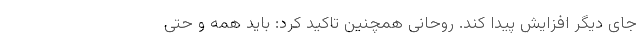
جای دیگر افزایش پیدا کند. روحانی همچنین تاکید کرد: باید همه و حتی